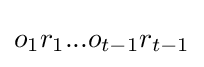
o_{1}r_{1}...o_{t-1}r_{t-1}